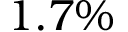
1 . 7 \%